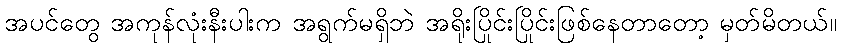
အပင်တွေ အကုန်လုံးနီးပါးက အရွက်မရှိဘဲ အရိုးပြိုင်းပြိုင်းဖြစ်နေတာတော့ မှတ်မိတယ်။